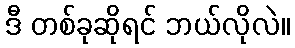
ဒီ တစ်ခုဆိုရင် ဘယ်လိုလဲ။